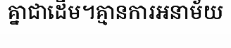
គ្នាជាដើម។គ្មានការអនាម័យ